Vaccine operations Central Provinces 1868-1885 - 1868-1885
Year: 1868
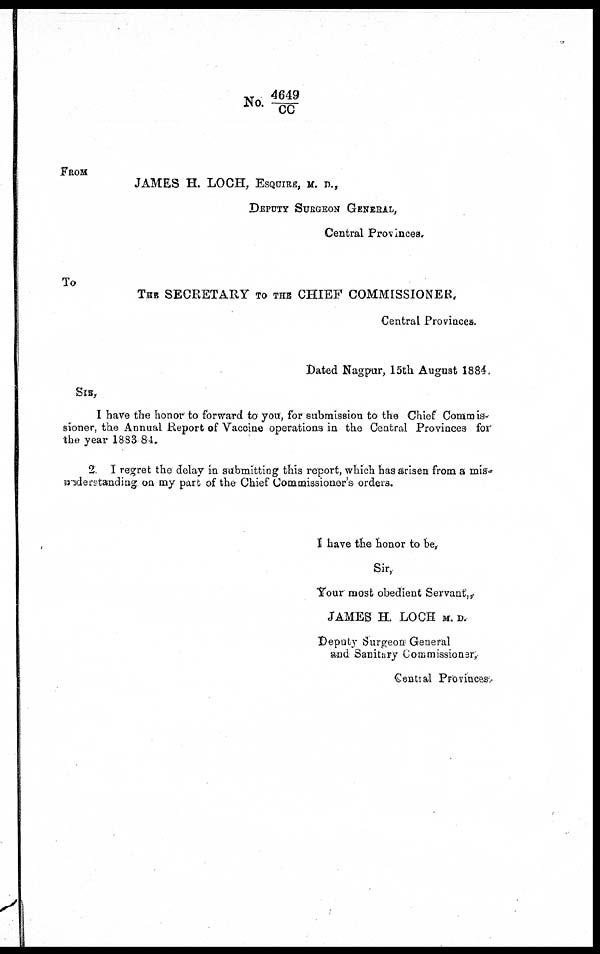
No. 4649/CC
FROM
JAMES H. LOCH, ESQUIRE, M. D.,
DEPUTY SURGEON GENERAL,
Central Provinces,
To
THE SECRETARY TO THE CHIEF COMMISSIONER,
Central Provinces.
Dated Nagpur, 15th August 1884.
SIR,
I have the honor to forward to you, for submission to the Chief Commis¬
sioner, the Annual Report of Vaccine operations in the Central Provinces for
the year 1883 84.
2. I regret the delay in submitting this report, which has arisen from a mis-
understanding on my part of the Chief Commissioner's orders.
I have the honor to be,
Sir,
Your most obedient Servant,
JAMES H. LOCH M. D.
Deputy Surgeon General
and Sanitary Commissioner,
Central Provinces .